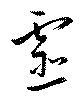
虚